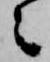
々